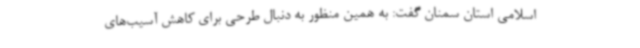
اسلامی استان سمنان گفت: به همین منظور به دنبال طرحی برای کاهش آسیب‌های